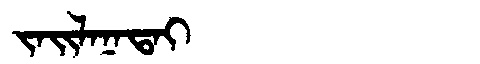
Manchu: ᠵᠠᡳᠯᠠᠨᠠᡨᠠᡳ
Romanization: JAILANATAI